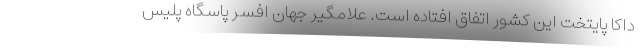
داکا پایتخت این کشور اتفاق افتاده است. علامگیر جهان افسر پاسگاه پلیس